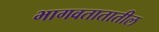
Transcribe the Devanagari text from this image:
भागवतातातील